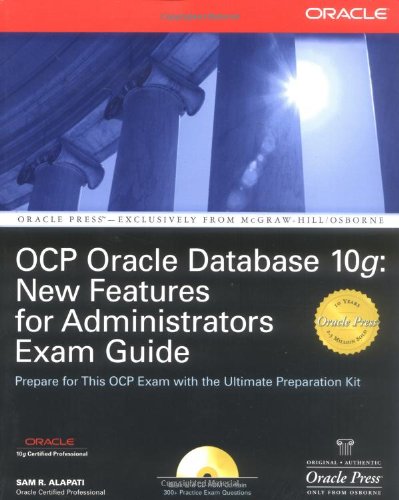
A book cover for OCP Oracle Database 10g: New Features for Administrators Exam Guide (Oracle Press); Sam R. Alapati; Computers & Technology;